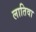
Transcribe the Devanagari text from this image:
लातिवा